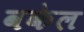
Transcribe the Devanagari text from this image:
वकेल